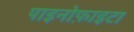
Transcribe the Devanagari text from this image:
पाइनोफ़ाइटा